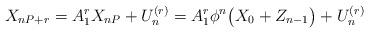
LaTeX: \begin{align*}X_{nP+r}=A_{1}^{r}X_{nP}+U_n^{(r)}=A_1^r\phi^n\big(X_0+Z_{n-1}\big)+U_n^{(r)}\end{align*}